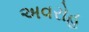
અવરોહ